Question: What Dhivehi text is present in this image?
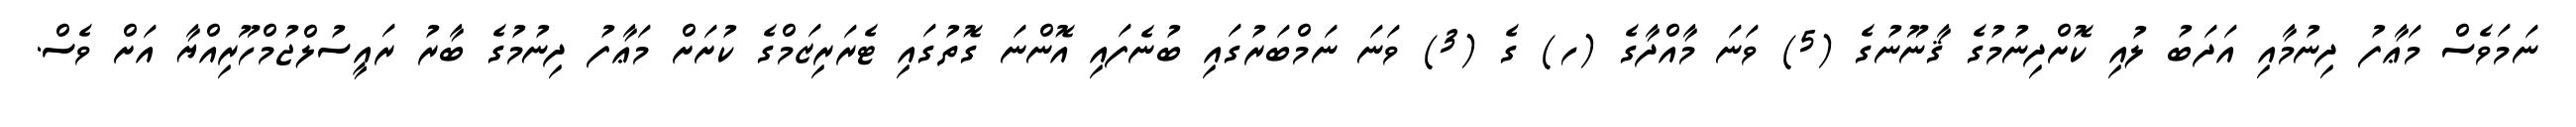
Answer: ނަމަވެސް މަޢާފު ދިނުމާއި އަދަބު ލުއި ކޮށްދިނުމުގެ ޤާނޫނުގެ (5) ވަނަ މާއްދާގެ (ހ) ގެ (3) ވަނަ ނަމްބަރުގައި ބުނެފައި އޮންނަ ގޮތުގައި ޓެރަރިޒަމްގެ ކުށަށް މަޢާފު ދިނުމުގެ ބާރު ރައީސުލްޖުމްހޫރިއްޔާ އަށް ވެސް.